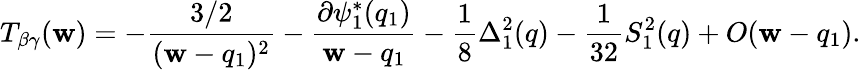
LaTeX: T_{\beta\gamma}(\mathbf{w})=-{\frac{{3/2}}{{(\mathbf{w}-q_{1})^{2}}}}-{\frac{{\partial\psi_{1}^{*}(q_{1})}}{{\mathbf{w}-q_{1}}}}-{\frac{{1}}{{8}}}\Delta_{1}^{2}(q)-{\frac{{1}}{{32}}}S_{1}^{2}(q)+O(\mathbf{w}-q_{1}).